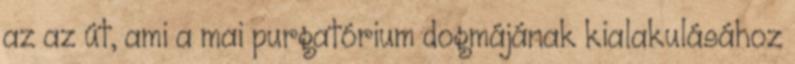
az az út, ami a mai purgatórium dogmájának kialakulásához